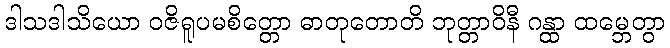
ဒါသဒါသိယော ဝဇိရူပမစိတ္တော ဓာတုတောတိ ဘုတ္တာဝိနီ ဂန္ထာ ထမ္ဘေတွာ